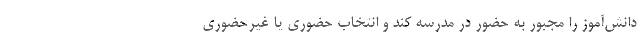
دانش‌آموز را مجبور به حضور در مدرسه کند و انتخاب حضوری یا غیرحضوری